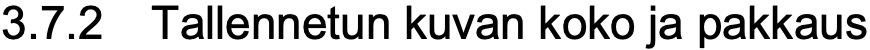
3.7.2 Tallennetun kuvan koko ja pakkaus